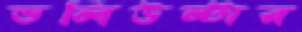
ভলিউন্টার